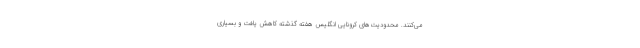
می‌کنند. محدودیت‌های کرونایی انگلیس هفته گذشته کاهش یافت و بسیاری